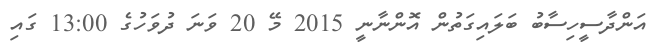
އަންދާސީހިސާބު ބަލައިގަތުން އޮންނާނީ 2015 މޭ 20 ވަނަ ދުވަހުގެ 13:00 ގައި